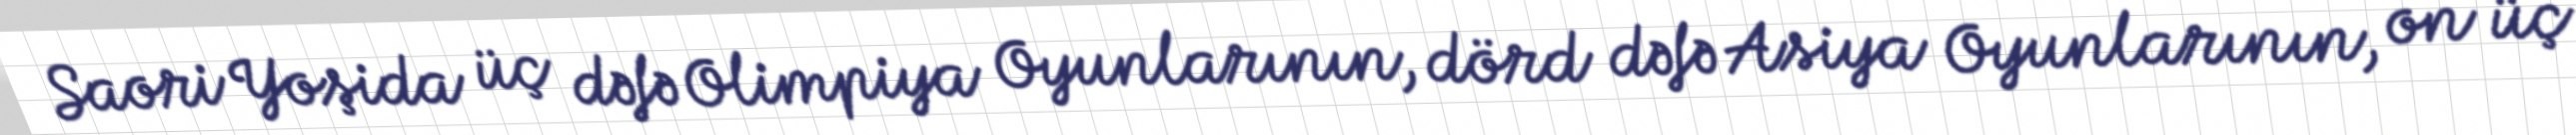
Saori Yoşida üç dəfə Olimpiya Oyunlarının, dörd dəfə Asiya Oyunlarının, on üç